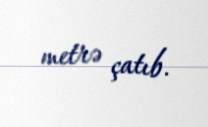
metrə çatıb.